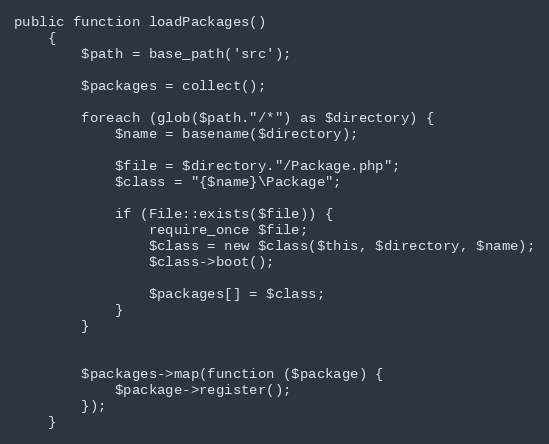
Language: PHP
public function loadPackages()
    {
        $path = base_path('src');

        $packages = collect();

        foreach (glob($path."/*") as $directory) {
            $name = basename($directory);

            $file = $directory."/Package.php";
            $class = "{$name}\Package";

            if (File::exists($file)) {
                require_once $file;
                $class = new $class($this, $directory, $name);
                $class->boot();

                $packages[] = $class;
            }
        }

        $packages->map(function ($package) {
            $package->register();
        });
    }